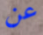
عن